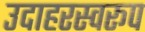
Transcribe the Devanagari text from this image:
उदाहरस्वरूप